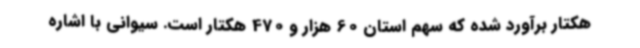
هکتار برآورد شده که سهم استان 60 هزار و 470 هکتار است. سیوانی با اشاره